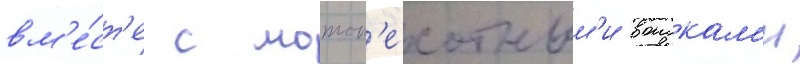
вм'е́ст'е с мотоп'ехотным'и воискам'и